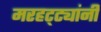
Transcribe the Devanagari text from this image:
मरहट्ट्यांनी